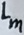
Text: Lm